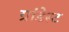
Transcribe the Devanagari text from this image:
ग्रांडेस्ट